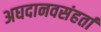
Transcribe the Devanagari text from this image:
अघदानवसंहर्ता